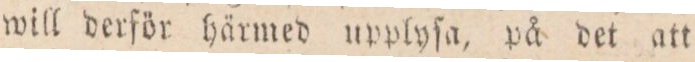
will derför härmed upplyſa, på det att